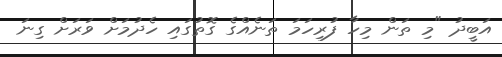
އަބީދު "މި ތަން މިހާ ފުރިހަމަ ތަނެއްގެ ގޮތުގައި ހެދުމަށް ވަރަށް ގިނަ